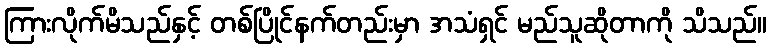
ကြားလိုက်မိသည်နှင့် တစ်ပြိုင်နက်တည်းမှာ အသံရှင် မည်သူဆိုတာကို သိသည်။